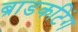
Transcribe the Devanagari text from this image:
ब्राडकटिंग